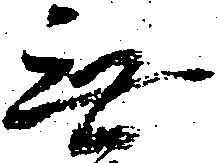
無